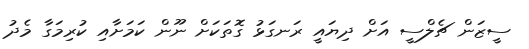
ސީޒަން ޗެލްސީ އަށް ދިޔައީ ރަނގަޅު ގޮތަކަށް ނޫން ކަމަށާއި ކުރިމަގާ މެދު